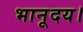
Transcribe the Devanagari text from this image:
भानूदय।